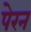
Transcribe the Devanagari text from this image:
पेरन